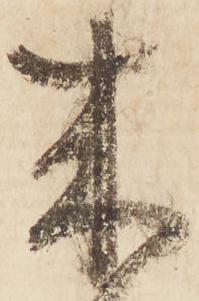
来